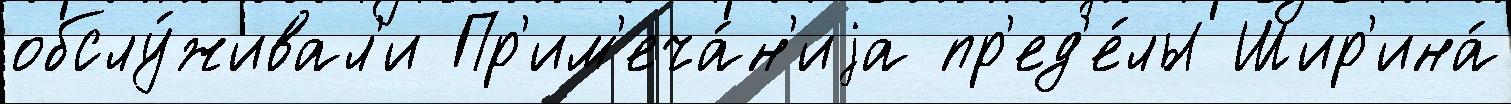
обслу́живал'и Пр'им'еча́н'иjа пр'ед'е́лы Шир'ина́